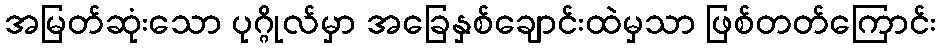
အမြတ်ဆုံးသော ပုဂ္ဂိုလ်မှာ အခြေနှစ်ချောင်းထဲမှသာ ဖြစ်တတ်ကြောင်း